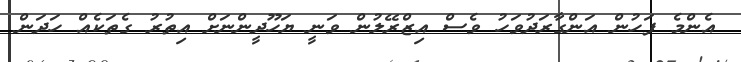
އެންމެ ފަހުން އަންގާރަދުވަހު ވެސް އިޒްރޭލުން ވަނީ ޔަހޫދީންނަށް އިތުރު ގެތަކެއް ހަދަން